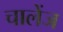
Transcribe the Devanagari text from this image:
चालेंज